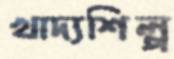
খাদ্যশিল্প